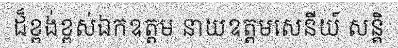
ដ៏ខ្ពង់ខ្ពស់ឯកឧត្តម នាយឧត្តមសេនីយ៍ សន្តិ